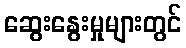
ဆွေးနွေးမှုများတွင်